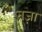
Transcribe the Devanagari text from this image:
तज़ा